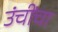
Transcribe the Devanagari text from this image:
उंचींचा